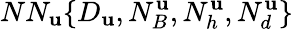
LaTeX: NN_{\mathbf{u}}\{ D_{\mathbf{u}},N_{B}^{\mathbf{u}},N_{h}^{\mathbf{u}},N_{d}^{\mathbf{u}}\}